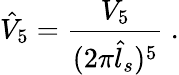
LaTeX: \hat{V}_{5}=\frac{V_{5}}{(2\pi\hat{l}_{s})^{5}}\ .